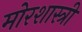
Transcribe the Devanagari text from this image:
मोरशास्त्री